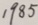
1 9 8 5